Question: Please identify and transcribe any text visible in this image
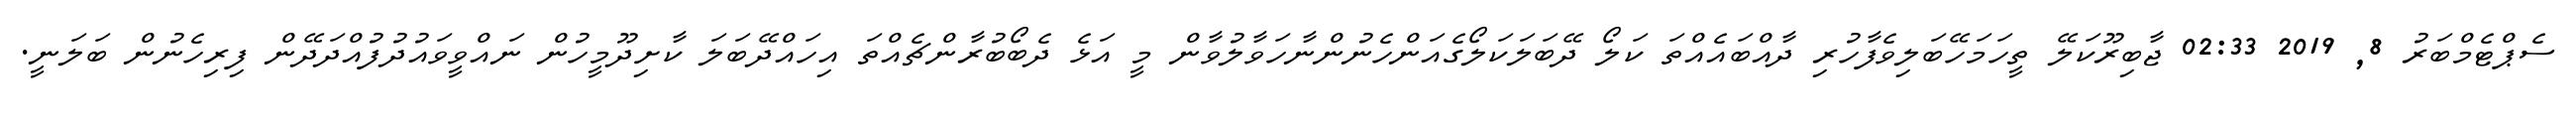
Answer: ސެޕްޓެމްބަރު 8, 2019 02:33 ޖާބިރޫކަލޭ ތީހަމަހޭބަލިވެފާހުރި ދާއްބައެއްތަ ކަލޯ ދޭބަލަކަލޯގެއަންހެނުންނާހަވާލުވާން މީ އަޅެ ދެބޯބުރާންޗެއްތަ އިހައްދޭބަލަ ކާށިދޫމީހުން ނައްވީވައުދުފުއްދަދޭން ފިރިހެނުން ބަލަނީ.